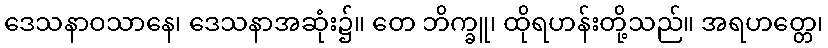
ဒေသနာဝသာနေ၊ ဒေသနာအဆုံး၌။ တေ ဘိက္ခူ၊ ထိုရဟန်းတို့သည်။ အရဟတ္တေ၊